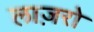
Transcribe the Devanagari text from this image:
लाज़रो